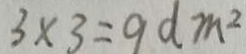
3 \times 3 = 9 d m ^ { 2 }